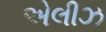
એલીઝ